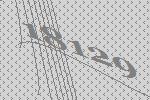
18129